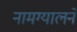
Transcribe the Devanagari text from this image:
नामग्यालने